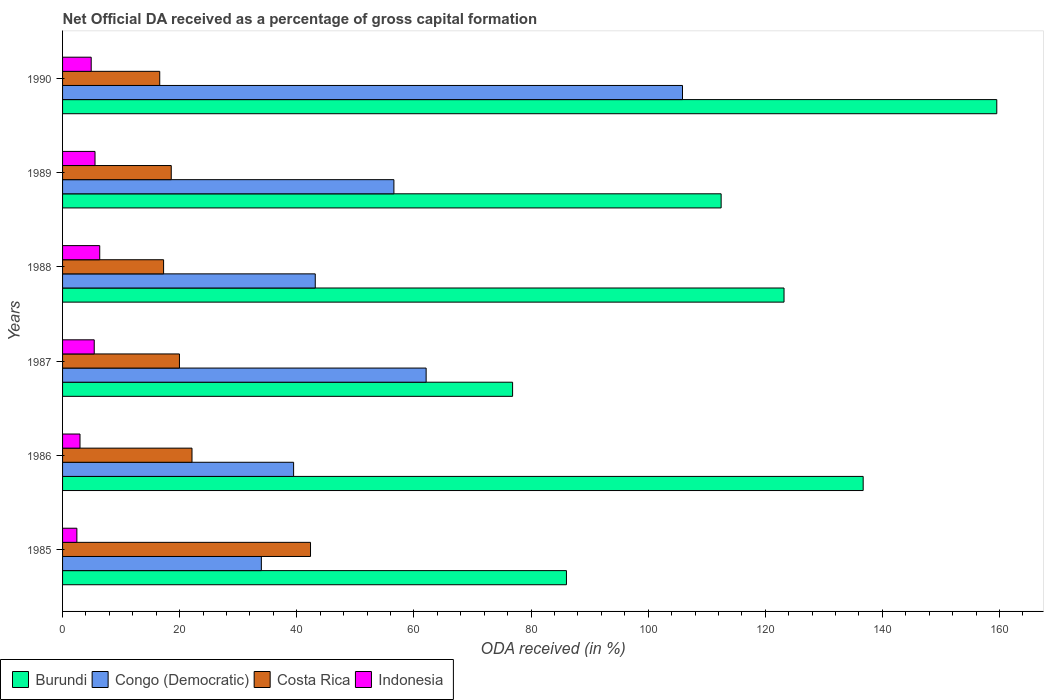
| Years | Burundi | Congo (Democratic) | Costa Rica | Indonesia |
 | --- | --- | --- | --- | --- |
 | 1985 | 86 | 33.9 | 42.3 | 2.44 |
 | 1986 | 137 | 39.5 | 22.1 | 2.98 |
 | 1987 | 76.8 | 62.1 | 20 | 5.41 |
 | 1988 | 123 | 43.2 | 17.3 | 6.35 |
 | 1989 | 112 | 56.6 | 18.6 | 5.54 |
 | 1990 | 160 | 106 | 16.6 | 4.89 |